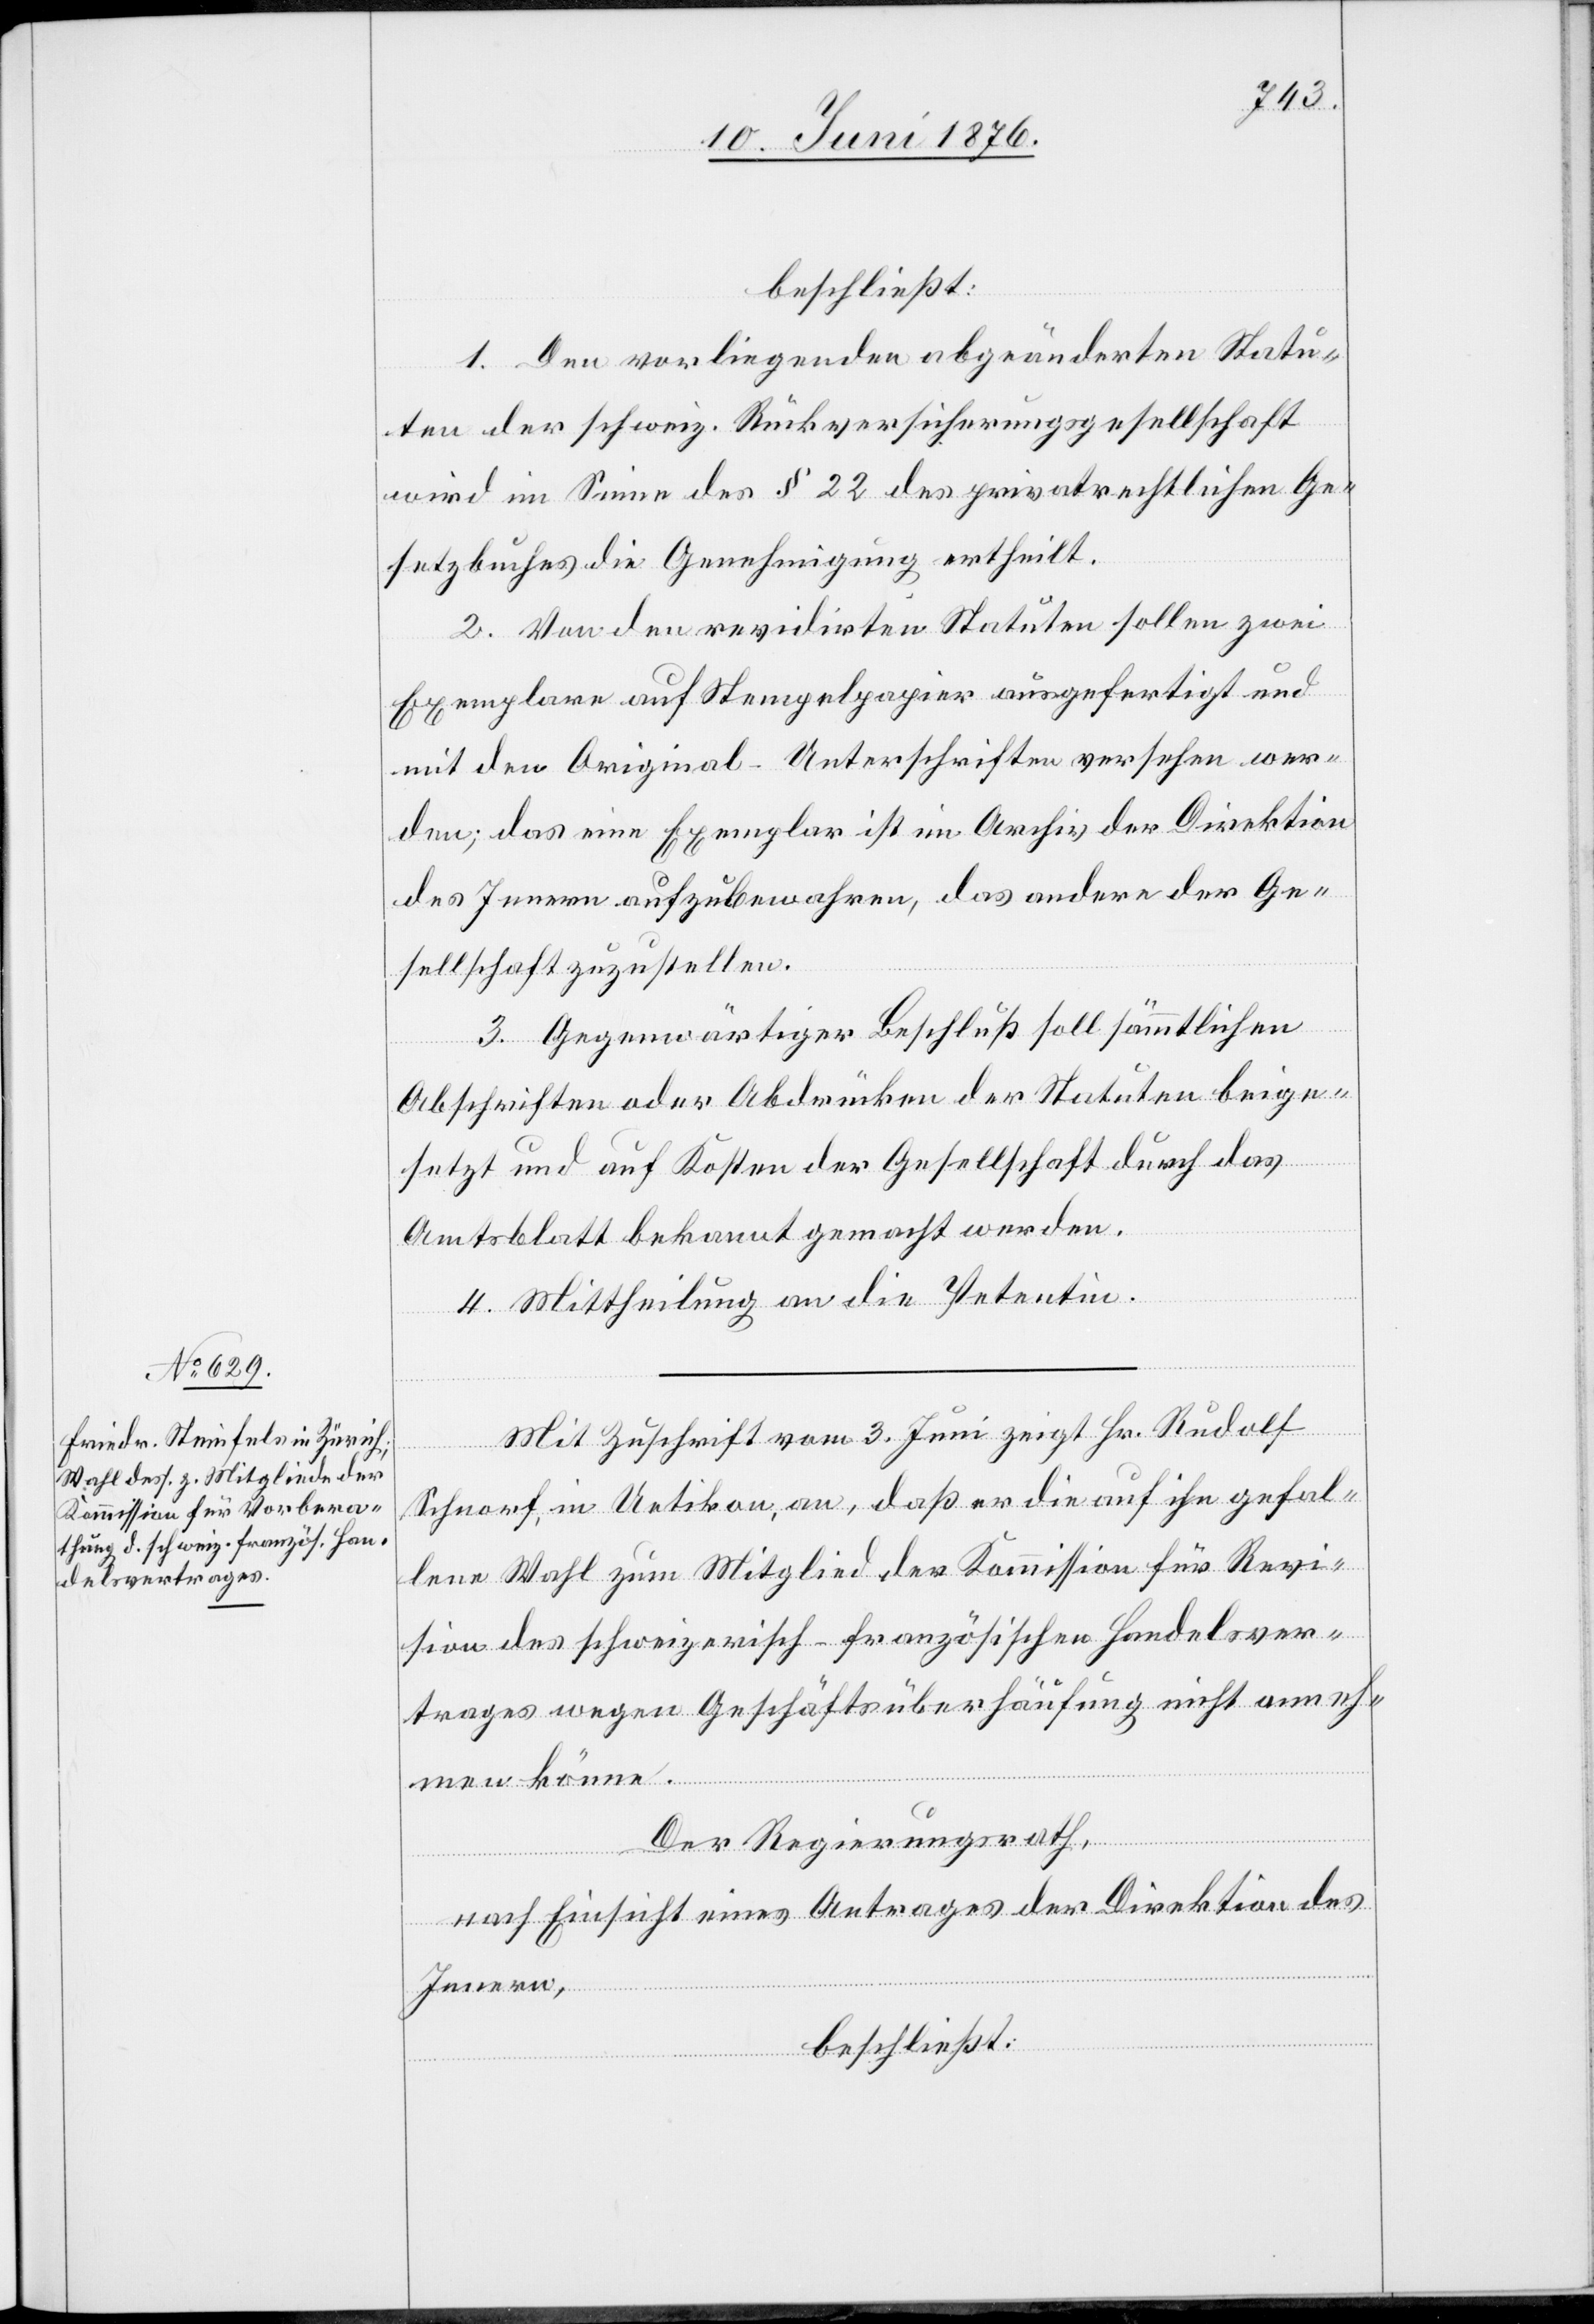
beschließt:
1. Den vorliegenden abgeänderten Statu¬
ten der schweiz. Rückversicherungsgesellschaft
wird im Sinne des § 22 des privatrechtlichen Ge¬
setzbuches die Genehmigung ertheilt.
2. Von den revidirten Statuten sollen zwei
Exemplare auf Stempelpapier ausgefertigt und
mit den Original-Unterschriften versehen wer¬
den; das eine Exemplar ist im Archiv der Direktion
des Innern aufzubewahren, das andere der Ge¬
sellschaft zuzustellen.
3. Gegenwärtiger Beschluß soll sämmtlichen
Abschriften oder Abdrücken der Statuten beige¬
setzt und auf Kosten der Gesellschaft durch das
Amtsblatt bekannt gemacht werden.
4. Mittheilung an die Petentin.
Mit Zuschrift vom 3. Juni zeigt Hr. Rudolf
Schnorf, in Uetikon, an, daß er die auf ihn gefal¬
lene Wahl zum Mitglied der Kommission für Revi¬
sion des schweizerisch-französischen Handelsver¬
trages wegen Geschäftsüberhäufung nicht anneh¬
men könne.
Der Regierungsrath,
nach Einsicht eines Antrages der Direktion des
Innern,
beschließt: